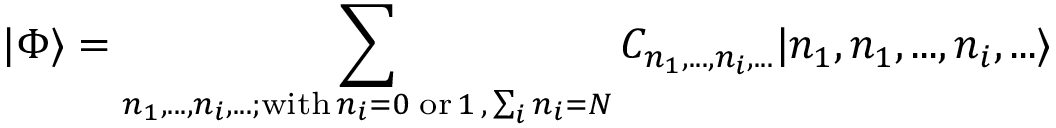
| \Phi \rangle = \sum _ { n _ { 1 } , . . . , n _ { i } , . . . ; \mathrm { w i t h } \, n _ { i } = 0 \; \mathrm { o r } \, 1 \, , \, \sum _ { i } n _ { i } = N } C _ { n _ { 1 } , . . . , n _ { i } , . . . } | n _ { 1 } , n _ { 1 } , . . . , n _ { i } , . . . \rangle